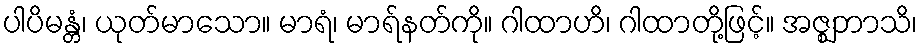
ပါပိမန္တံ၊ ယုတ်မာသော။ မာရံ၊ မာရ်နတ်ကို။ ဂါထာဟိ၊ ဂါထာတို့ဖြင့်။ အဇ္ဈဘာသိ၊